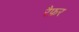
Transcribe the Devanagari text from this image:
रैफ़र